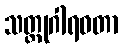
သတ္ထုဂါရဝတာ